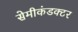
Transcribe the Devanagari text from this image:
सेमीकंडक्‍टर